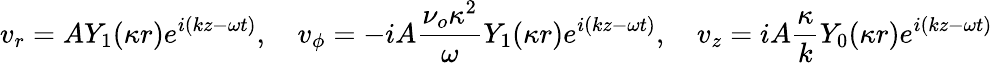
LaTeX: v_{r}=AY_{1}(\kappa r)e^{i(kz-\omega t)},\quad v_{\phi}=-iA\frac{\nu_{o}\kappa^{2}}{\omega}Y_{1}(\kappa r)e^{i(kz-\omega t)},\quad v_{z}=iA\frac{\kappa}{k}Y_{0}(\kappa r)e^{i(kz-\omega t)}